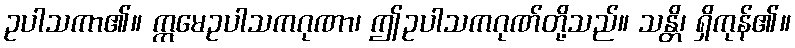
ဥပါသကာ၏။ ဣမေဥပါသကဂုဏာ၊ ဤဥပါသကဂုဏ်တို့သည်။ သန္တိ၊ ရှိကုန်၏။